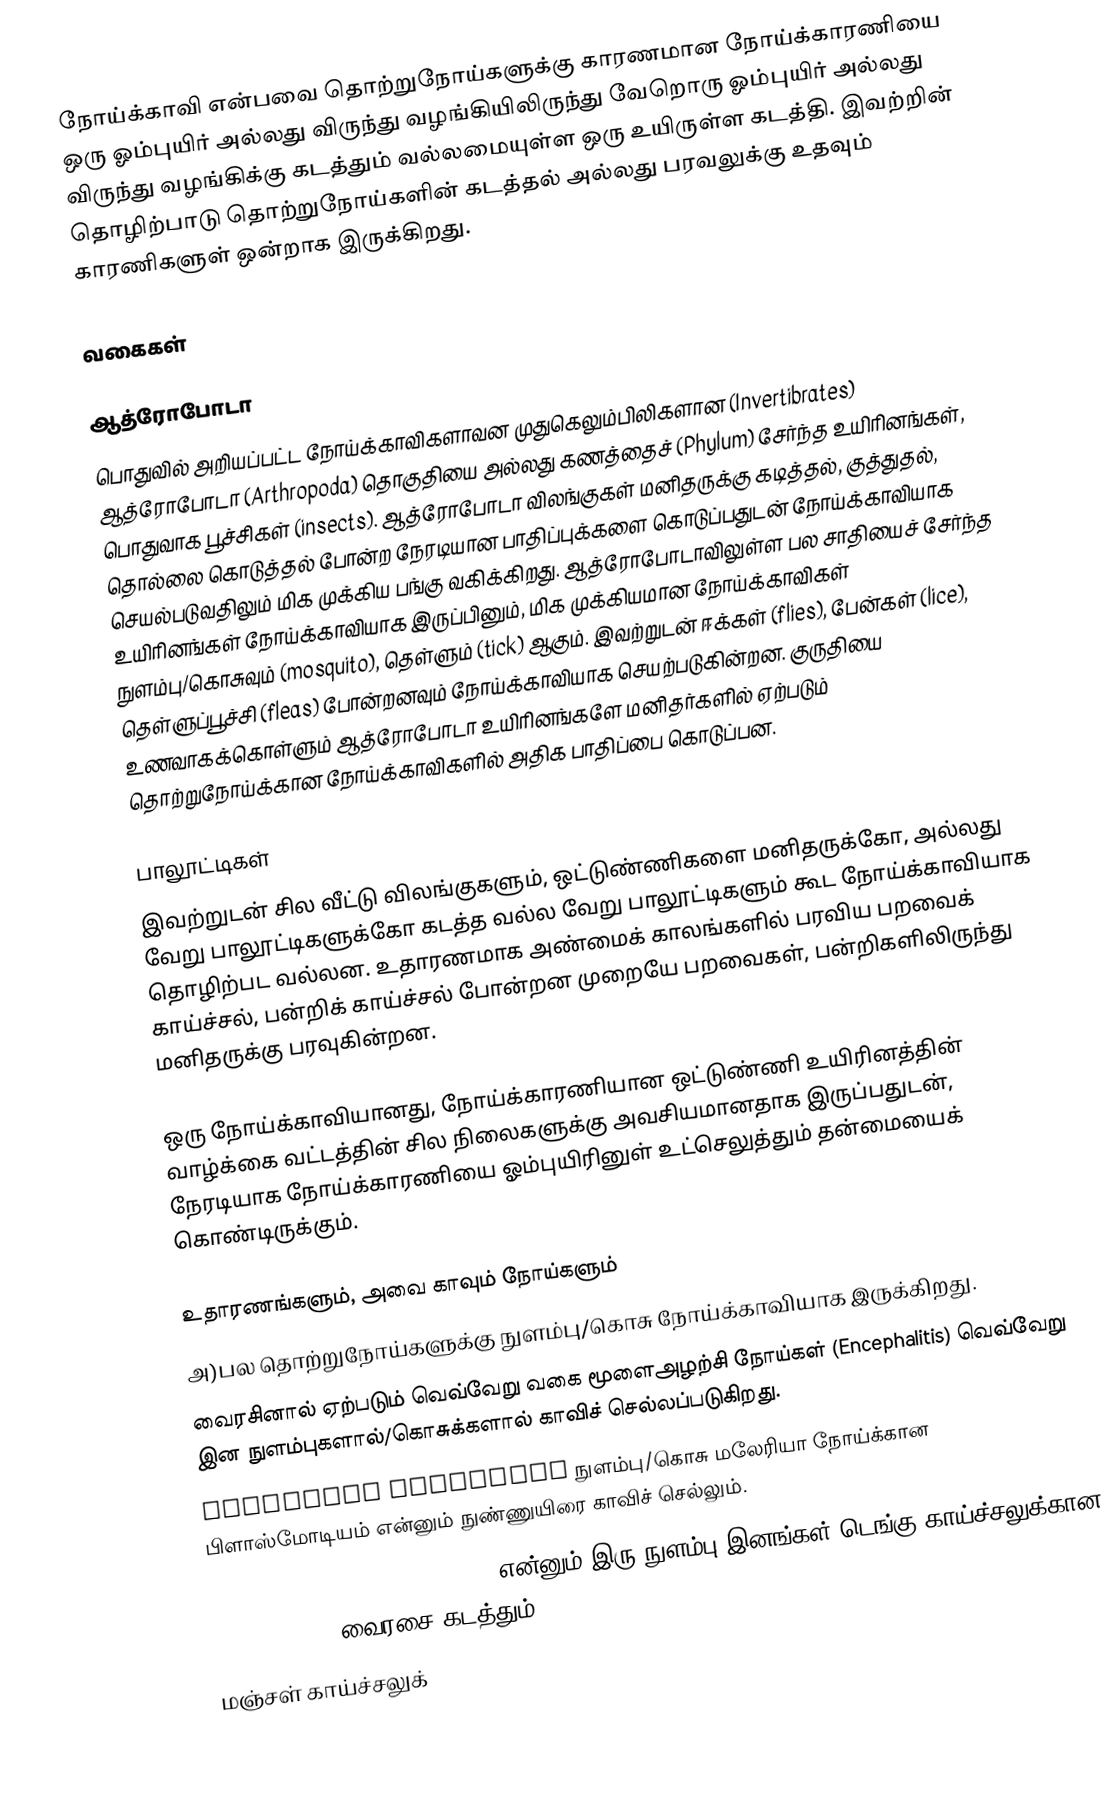
நோய்க்காவி என்பவை தொற்றுநோய்களுக்கு காரணமான நோய்க்காரணியை ஒரு ஓம்புயிர் அல்லது விருந்து வழங்கியிலிருந்து வேறொரு ஓம்புயிர் அல்லது விருந்து வழங்கிக்கு கடத்தும் வல்லமையுள்ள ஒரு உயிருள்ள கடத்தி. இவற்றின் தொழிற்பாடு தொற்றுநோய்களின் கடத்தல் அல்லது பரவலுக்கு உதவும் காரணிகளுள் ஒன்றாக இருக்கிறது.

வகைகள்

ஆத்ரோபோடா
பொதுவில் அறியப்பட்ட நோய்க்காவிகளாவன முதுகெலும்பிலிகளான (Invertibrates) ஆத்ரோபோடா (Arthropoda) தொகுதியை அல்லது கணத்தைச் (Phylum) சேர்ந்த உயிரினங்கள், பொதுவாக பூச்சிகள் (insects). ஆத்ரோபோடா விலங்குகள் மனிதருக்கு கடித்தல், குத்துதல், தொல்லை கொடுத்தல் போன்ற நேரடியான பாதிப்புக்களை கொடுப்பதுடன் நோய்க்காவியாக செயல்படுவதிலும் மிக முக்கிய பங்கு வகிக்கிறது. ஆத்ரோபோடாவிலுள்ள பல சாதியைச் சேர்ந்த உயிரினங்கள் நோய்க்காவியாக இருப்பினும், மிக முக்கியமான நோய்க்காவிகள் நுளம்பு/கொசுவும் (mosquito), தெள்ளும் (tick) ஆகும். இவற்றுடன் ஈக்கள் (flies), பேன்கள் (lice), தெள்ளுப்பூச்சி (fleas) போன்றனவும் நோய்க்காவியாக செயற்படுகின்றன. குருதியை உணவாகக்கொள்ளும் ஆத்ரோபோடா உயிரினங்களே மனிதர்களில் ஏற்படும் தொற்றுநோய்க்கான நோய்க்காவிகளில் அதிக பாதிப்பை கொடுப்பன.

பாலூட்டிகள்
இவற்றுடன் சில வீட்டு விலங்குகளும், ஒட்டுண்ணிகளை மனிதருக்கோ, அல்லது வேறு பாலூட்டிகளுக்கோ கடத்த வல்ல வேறு பாலூட்டிகளும் கூட நோய்க்காவியாக தொழிற்பட வல்லன. உதாரணமாக அண்மைக் காலங்களில் பரவிய பறவைக் காய்ச்சல், பன்றிக் காய்ச்சல் போன்றன முறையே பறவைகள், பன்றிகளிலிருந்து மனிதருக்கு பரவுகின்றன.

ஒரு நோய்க்காவியானது, நோய்க்காரணியான ஒட்டுண்ணி உயிரினத்தின் வாழ்க்கை வட்டத்தின் சில நிலைகளுக்கு அவசியமானதாக இருப்பதுடன், நேரடியாக நோய்க்காரணியை ஓம்புயிரினுள் உட்செலுத்தும் தன்மையைக் கொண்டிருக்கும்.

உதாரணங்களும், அவை காவும் நோய்களும்
அ)பல தொற்றுநோய்களுக்கு நுளம்பு/கொசு நோய்க்காவியாக இருக்கிறது.
வைரசினால் ஏற்படும் வெவ்வேறு வகை மூளைஅழற்சி நோய்கள் (Encephalitis) வெவ்வேறு இன நுளம்புகளால்/கொசுக்களால் காவிச் செல்லப்படுகிறது.
Anopheles albimanus நுளம்பு/கொசு மலேரியா நோய்க்கான பிளாஸ்மோடியம் என்னும் நுண்ணுயிரை காவிச் செல்லும்.
Aedes aegypti, Aedes albopictus என்னும் இரு நுளம்பு இனங்கள் டெங்கு காய்ச்சலுக்கான (Dengu fever) வைரசை கடத்தும்.
மஞ்சள் காய்ச்சலுக்